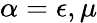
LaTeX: \alpha=\epsilon,\mu